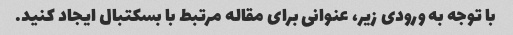
با توجه به ورودی زیر، عنوانی برای مقاله مرتبط با بسکتبال ایجاد کنید.